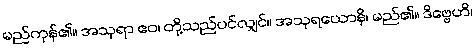
မည်ကုန်၏။ အသုရာ ဧဝ၊ တို့သည်ပင်လျှင်။ အသုရယောနိ၊ မည်၏။ ဒိဗ္ဗေဟိ၊